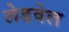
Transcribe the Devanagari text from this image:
लेडवेल